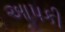
આપકી